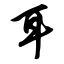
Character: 耳